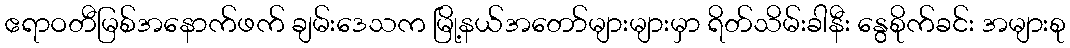
ဧရာဝတီမြစ်အနောက်ဖက် ချမ်းဒေသက မြို့နယ်အတော်များများမှာ ရိတ်သိမ်းခါနီး နွေစိုက်ခင်း အများစု